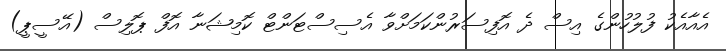
އެއާއެކު ފުލުހުންގެ އިސް ދެ އޮފިސަރުންކަމަށްވާ އެސިސްޓަންޓް ކޮމިޝަނާ އޮފް ޕޮލިސް (އޭސީޕީ)